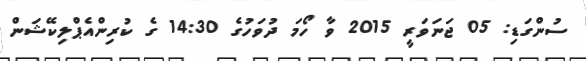
ސުންގަޑި: 05 ޖަނަވަރީ 2015 ވާ ހޯމަ ދުވަހުގެ 14:30 ގެ ކުރިންއެޕްލިކޭޝަން